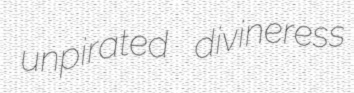
unpirated divineress